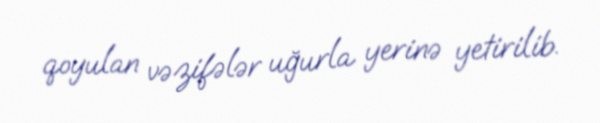
qoyulan vəzifələr uğurla yerinə yetirilib.